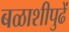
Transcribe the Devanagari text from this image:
बळाशीपुढें